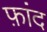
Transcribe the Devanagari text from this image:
फ़ांद